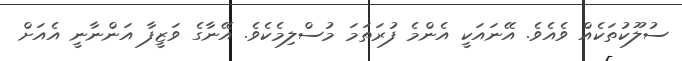
ސުލޫކުތަކެއް ވެއެވެ. އޭނައަކީ އެންމެ ފުރަތަމަ މުސްލިމެކެވެ. އޭނާގެ ވަޒީފާ އަންނާނީ އެއަށް